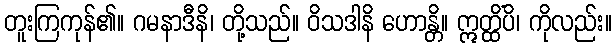
တူးကြကုန်၏။ ဂမနာဒီနိ၊ တို့သည်။ ဝိသဒါနိ ဟောန္တိ။ ဣတ္ထိံပိ၊ ကိုလည်း။